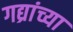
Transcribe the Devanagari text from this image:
गद्य्रांच्या